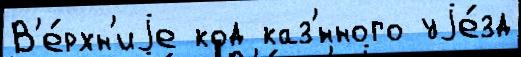
В'е́рхн'иjе код каз'́нного уjе́зд